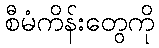
စီမံကိန်းတွေကို